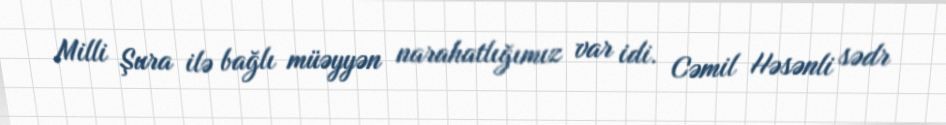
Milli Şura ilə bağlı müəyyən narahatlığımız var idi. Cəmil Həsənli sədr